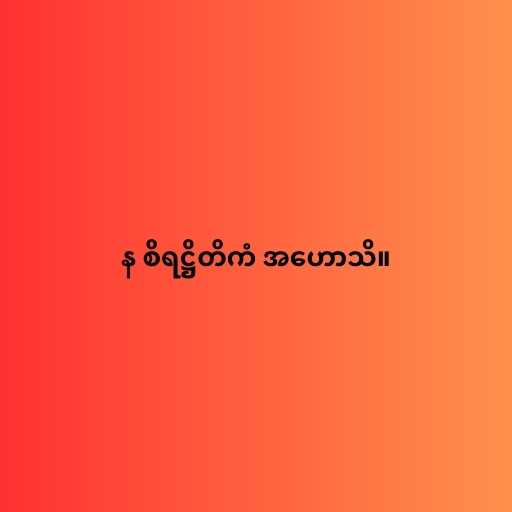
န စိရဋ္ဌိတိကံ အဟောသိ။